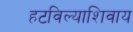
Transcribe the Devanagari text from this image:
हटविल्याशिवाय